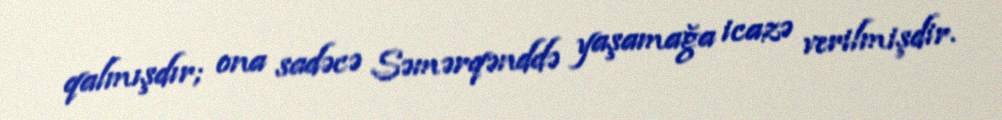
qalmışdır; ona sadəcə Səmərqənddə yaşamağa icazə verilmişdir.